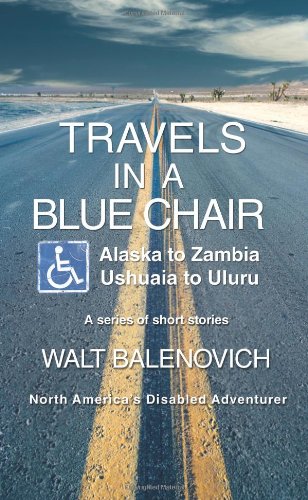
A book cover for Travels in a Blue Chair: Alaska to ZambiaUshuaia to Uluru; Walt Balenovich; Travel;